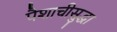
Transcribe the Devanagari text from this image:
पैशाचीसुद्धा